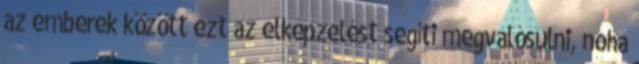
az emberek között ezt az elképzelést segíti megvalósulni, noha